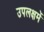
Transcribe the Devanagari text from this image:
उपलक्षमें